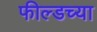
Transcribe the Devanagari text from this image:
फील्डच्या